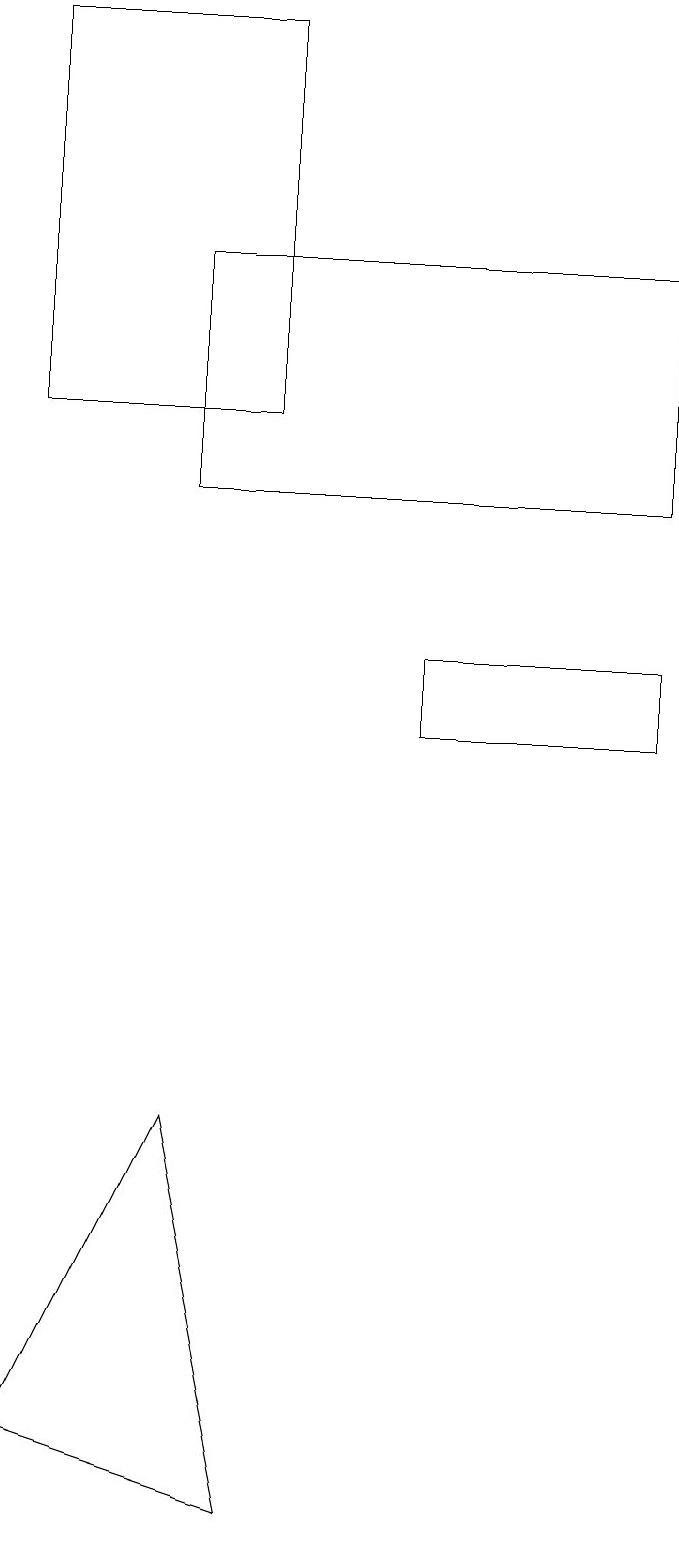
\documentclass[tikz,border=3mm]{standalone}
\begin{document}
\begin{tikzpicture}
\draw (3,0) -- (0,1) -- (2,5) -- cycle;
\draw (3,19) rectangle (0,14);
\draw (8,16) rectangle (2,13);
\draw (5,10) rectangle (8,11);
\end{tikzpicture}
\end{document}